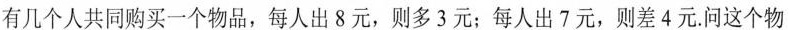
有几个人共同购买一个物品，每人出8元，则多3元；每人出7元，则差4元。问这个物